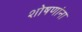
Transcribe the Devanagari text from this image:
शोषणांना